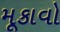
મૂકાવો